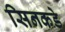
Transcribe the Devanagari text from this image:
सिनकडे